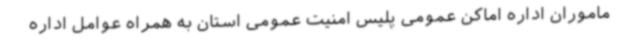
ماموران اداره اماکن عمومی پلیس امنیت عمومی استان به همراه عوامل اداره